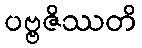
ပဗ္ဗဇိဿတိ